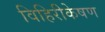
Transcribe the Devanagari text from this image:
विहिरीकेषण